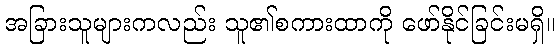
အခြားသူများကလည်း သူ၏စကားထာကို ဖော်နိုင်ခြင်းမရှိ။